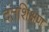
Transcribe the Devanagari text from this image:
दंतशिक्षण